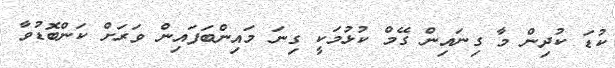
ކުޑަ ކުދިން މާ ގިނައިން ގޭމް ކުޅުމަކީ ގިނަ މައިންބަފައިން ވަރަށް ކަންބޮޑުވާ